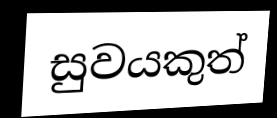
සුවයකුත්